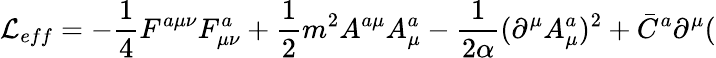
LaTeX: {\cal L}_{eff}=-\frac 14F^{a\mu\nu}F_{\mu\nu}^{a}+\frac 12m^{2}A^{a\mu}A_{\mu}^{a}-\frac 1{2\alpha}(\partial^{\mu}A_{\mu}^{a})^{2}+\bar{C}^{a}\partial^{\mu}(